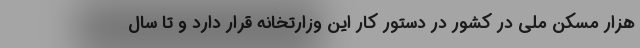
هزار مسکن ملی در کشور در دستور کار این وزارتخانه قرار دارد و تا سال